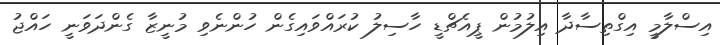
އިސްލާމީ އިގްތިސާދާ އިލުމުން ޕީއެޗްޑީ ހާސިލު ކުރައްވައިގެން ހުންނެވި މުނީޒާ ގެންދަވަނީ ހައްޖު